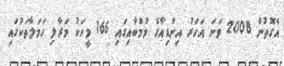
އެގޮތުން 2008 ވަނަ އަހަރު އިންޑިއާގެ މުމްބާއިގައި 166 މީހަކު މަރާލި ހަމަލާތަކުގައި